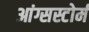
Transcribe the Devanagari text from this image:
आंग्सस्टोर्म